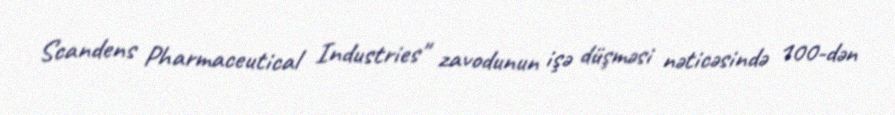
Scandens Pharmaceutical Industries" zavodunun işə düşməsi nəticəsində 100-dən